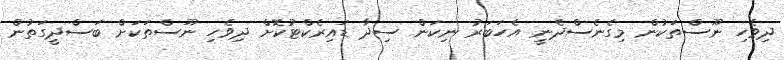
ދިވެހި ނޫސްތަކުން މިގެނެސްދެނީ އެހަބަރު ނިކަން ސިދާ ޑައިރެކްޓުކޮށް ދިވެހި ނޫސްތަކަށް ބަސްދީގަތުން